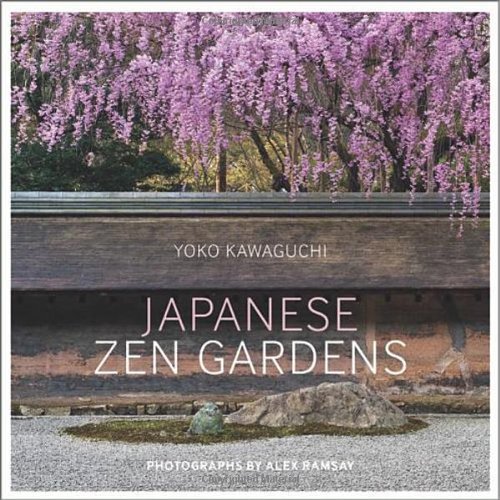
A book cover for Japanese Zen Gardens; Yoko Kawaguchi; Crafts, Hobbies & Home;